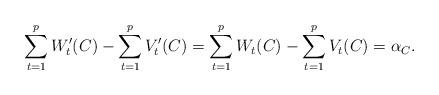
LaTeX: \begin{align*} \sum_{t=1}^pW'_t(C)-\sum_{t=1}^pV'_t(C)=\sum_{t=1}^pW_t(C)-\sum_{t=1}^pV_t(C)=\alpha_C.\end{align*}